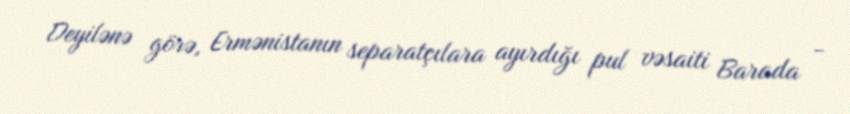
Deyilənə görə, Ermənistanın separatçılara ayırdığı pul vəsaiti Barada -